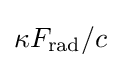
\kappa F_{\rm {rad}}/c